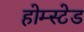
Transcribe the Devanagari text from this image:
होम्स्टेड